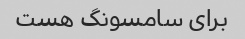
برای سامسونگ هست